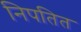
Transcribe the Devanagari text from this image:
निपतित